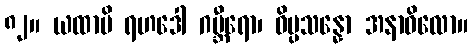
၈၂။ ယထာပိ ရဟဒေါ ဂမ္ဘီရော၊ ဝိပ္ပသန္နော အနာဝိလော။